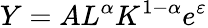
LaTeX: Y=AL^{\alpha}K^{1-\alpha}e^{\varepsilon}